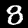
Digit: 8